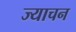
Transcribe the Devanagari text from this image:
ज्याचन